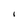
Character: l